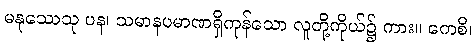
မနုဿေသု ပန၊ သမာနပမာဏရှိကုန်သော လူတို့ကိုယ်၌ ကား။ ကေစိ၊